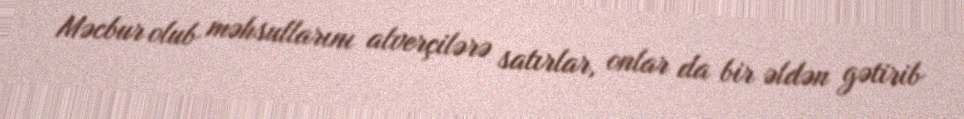
Məcbur olub məhsullarını alverçilərə satırlar, onlar da bir əldən gətirib